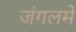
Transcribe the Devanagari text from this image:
जंगलमें